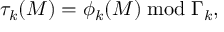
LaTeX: \tau _ { k } ( { \cal M } ) = \phi _ { k } ( { \cal M } ) \bmod \Gamma _ { k } \mathrm { , }